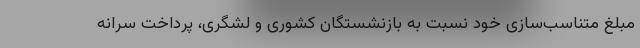
مبلغ متناسب‌سازی خود نسبت به بازنشستگان کشوری و لشگری، پرداخت سرانه